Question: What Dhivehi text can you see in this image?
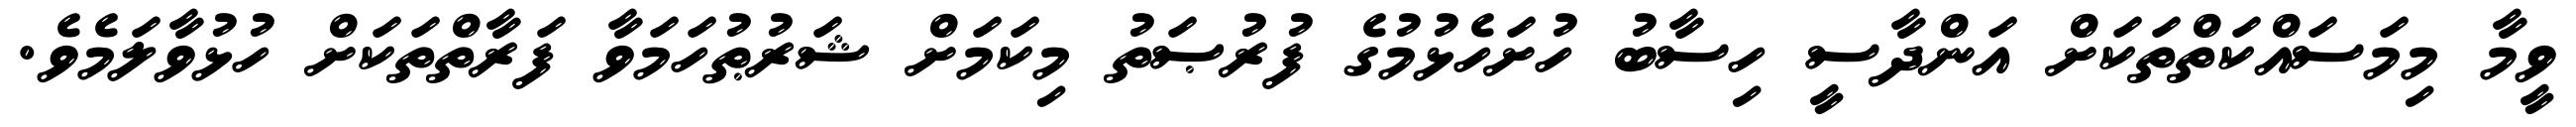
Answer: ވީމާ މިމަސައްކަތްތަކަށް އަންދާސީ ހިސާބު ހުށަހެޅުމުގެ ފުރުޞަތު މިކަމަށް ޝަރުޠުހަމަވާ ފަރާތްތަކަށް ހުޅުވާލަމެވެ.